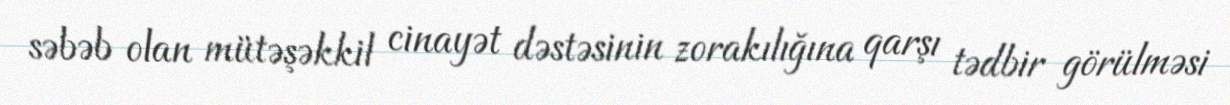
səbəb olan mütəşəkkil cinayət dəstəsinin zorakılığına qarşı tədbir görülməsi